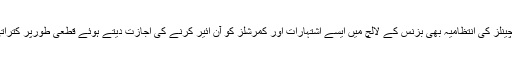
دوسری طرف کم و بیش ملک کے تمام ٹی وی چینلز کی انتظامیہ بھی بزنس کے لالچ میں ایسے اشتہارات اور کمرشلز کو آن ائیر کرنے کی اجازت دیتے ہوئے قطعی طورپر کتراتی ہے نہ ہی کمرشلز لینے سے انکار کرتی ہے۔